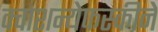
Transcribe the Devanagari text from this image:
क्वाशन्येफस्कीने